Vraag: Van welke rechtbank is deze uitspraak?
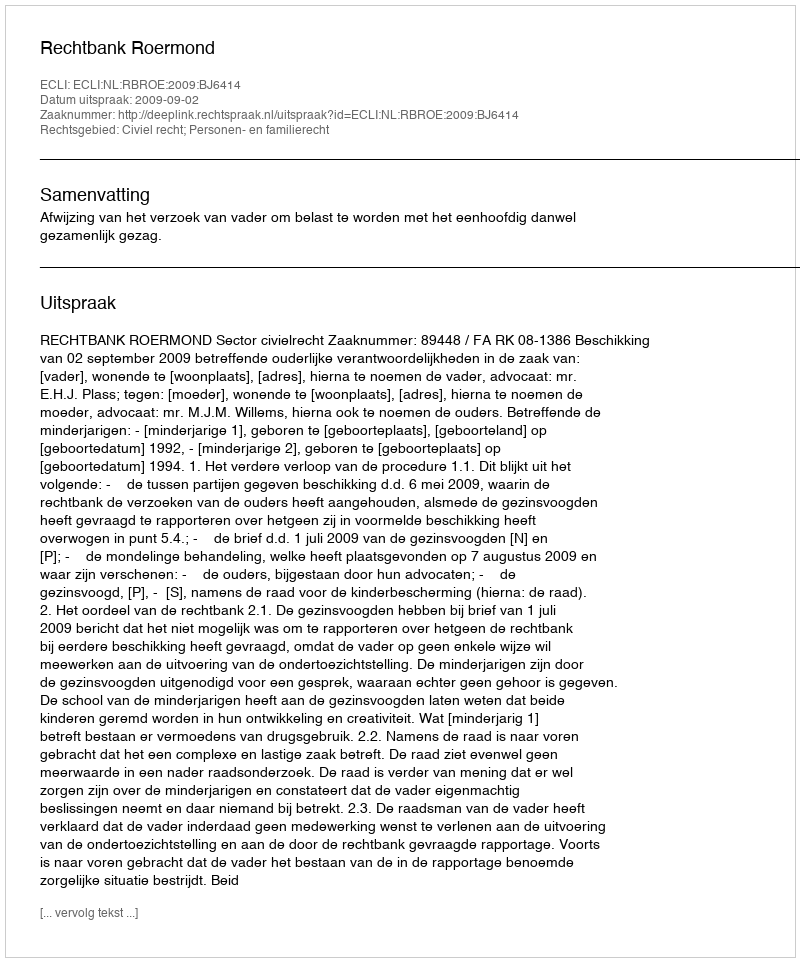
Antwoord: Rechtbank Roermond